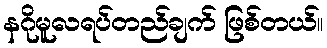
နဂိုမူလရပ်တည်ချက် ဖြစ်တယ်။